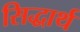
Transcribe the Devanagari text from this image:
सिद्धार्थ